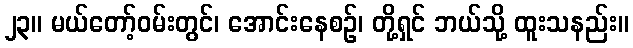
၂၃။ မယ်တော့်ဝမ်းတွင်၊ အောင်းနေစဉ်၊ တို့ရှင် ဘယ်သို့ ထူးသနည်း။